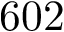
6 0 2